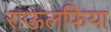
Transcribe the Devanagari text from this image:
राऊलफिया